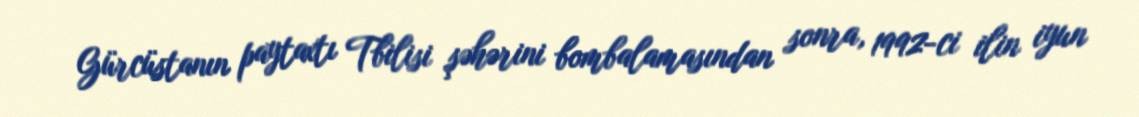
Gürcüstanın paytaxtı Tbilisi şəhərini bombalamasından sonra, 1992-ci ilin iyun